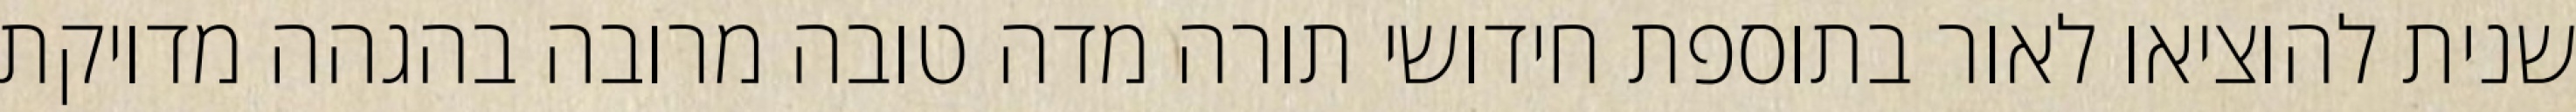
שנית להוציאו לאור בתוספת חידושי תורה מדה טובה מרובה בהגהה מדויקת